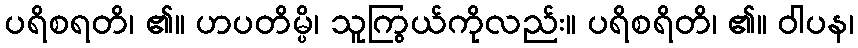
ပရိစရတိ၊ ၏။ ဟပတိမ္ပိ၊ သူကြွယ်ကိုလည်း။ ပရိစရိတိ၊ ၏။ ဝါပန၊